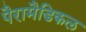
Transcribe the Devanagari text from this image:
पैरामैडिकल